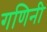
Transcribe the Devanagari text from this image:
गणिनी